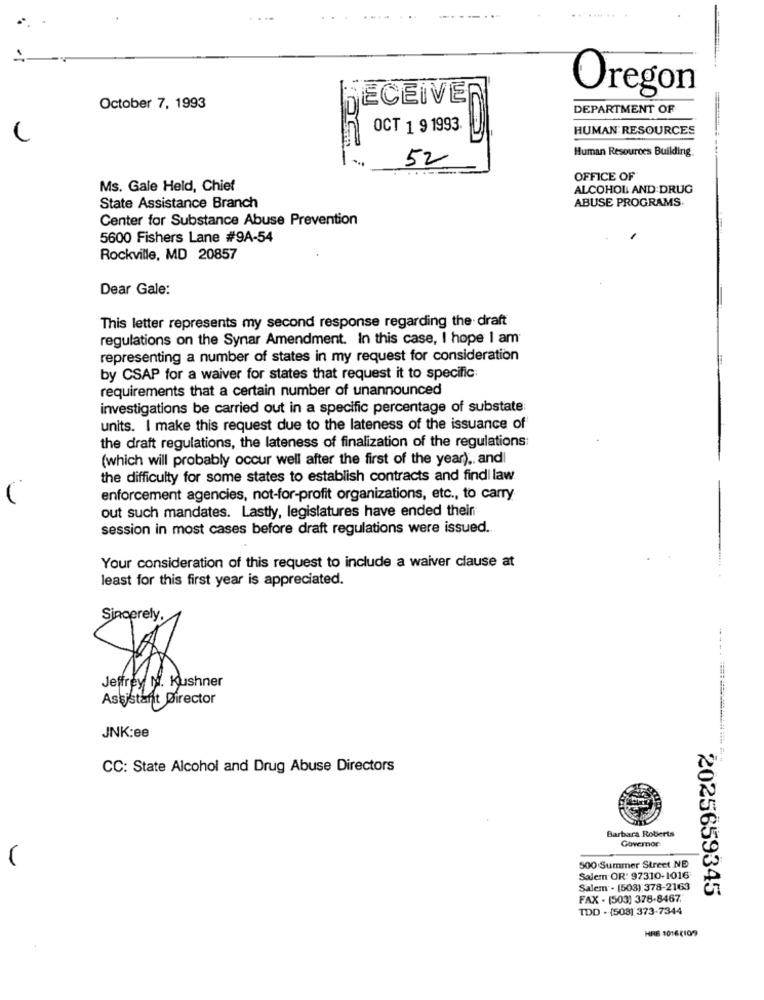
..... ..
Oregon
RECEIVER
October 7, 1993
DEPARTMENT OF
OCT 1 9 1993
HUMAN RESOURCES
Human Resources Building
52
OFFICE OF
Ms. Gale Held, Chief
ALCOHOL AND DRUG
ABUSE PROGRAMS.
State Assistance Branch
Center for Substance Abuse Prevention
5600 Fishers Lane #9A-54
Rockville, MD 20857
Dear Gale:
This letter represents my second response regarding the draft
regulations on the Synar Amendment. In this case, I hope I am
representing a number of states in my request for consideration
by CSAP for a waiver for states that request it to specific:
requirements that a certain number of unannounced
investigations be carried out in a specific percentage of substate
units. I make this request due to the lateness of the issuance of
the draft regulations, the lateness of finalization of the regulations:
(which will probably occur well after the first of the year) ., and
the difficulty for some states to establish contracts and findl law
enforcement agencies, not-for-profit organizations, etc ., to carry
out such mandates. Lastly, legislatures have ended thein
session in most cases before draft regulations were issued.
Your consideration of this request to include a waiver clause at
least for this first year is appreciated.
Sincerely,
Jeffrey N. Kushner
Assistant Director
JNK:ee
CC: State Alcohol and Drug Abuse Directors
Barbara Roberts
Governor
500 Summer Street NE
Salem OR' 97310-1016
Salem . (503) 378-2163
FAX . (503) 378-8467.
2025659345
TDD - (508) 373-7344
HRE 1016 (109